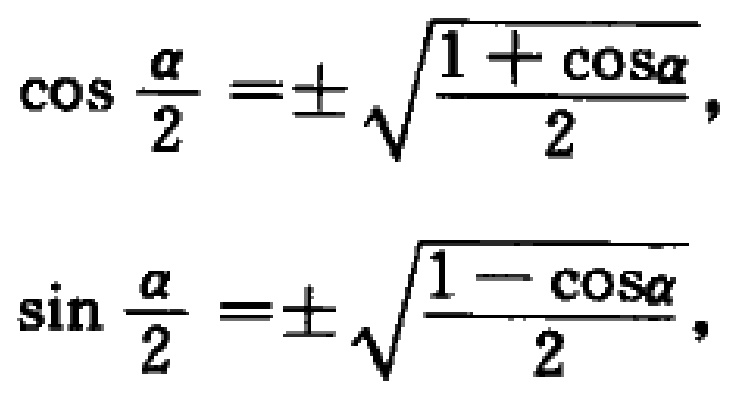
\[\cos \frac{\alpha}{2} = \pm \sqrt{\frac{1 + \cos\alpha}{2}},\]

\[\sin \frac{\alpha}{2} = \pm \sqrt{\frac{1 - \cos\alpha}{2}},\]